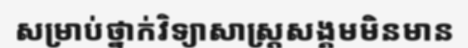
សម្រាប់ថ្នាក់វិទ្យាសាស្ត្រសង្គមមិនមាន